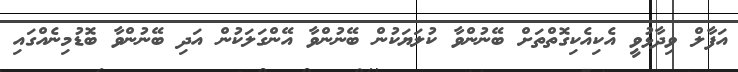
އަފާލް ވިދާޅުވީ އެކިއެކިގޮތްތަށް ބޭނުންވާ ކުލަޔަކުން ބޭނުންވާ އޭންގަލަކުން އަދި ބޭނުންވާ ބޮޑުމިނެއްގައި